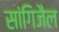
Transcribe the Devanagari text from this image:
सांगिजैल